Indian journal of veterinary science and animal husbandry - Volume 8,
Year: 1938
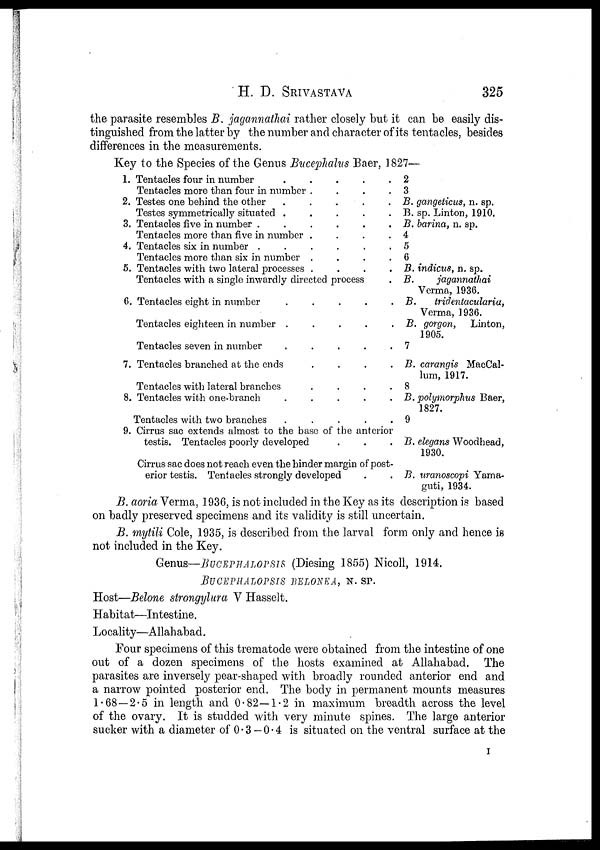
H. D.
SRIVASTAVA
325
the parasite resembles B. jagannathai rather closely but it can be easily dis-
tinguished from the latter by the number and character of its tentacles, besides
differences in the measurements.
Key to the Species of the Genus Bucephalus Baer, 1827—
1.
2.
3.
4.
5.
6
7.
8.
9.
Tentacles four in number
.
.
.
.
.
Tentacles more than four in number . . . . .
Testes one behind the other . . . . .
Testes symmetrically situated . . . . .
Tentacles five in number
.
.
.
.
.
Tentacles more than five in number . . . . .
Tentacles six in number
.
.
.
.
.
Tentacles more than six in number
.
.
.
.
.
Tentacles with two lateral processes . . . . .
Tentacles with a single inwardly directed process .
Tentacles eight in number
.
.
.
.
.
Tentacles eighteen in number
.
.
.
.
.
Tentacles seven in number
.
.
.
.
.
Tentacles branched at the ends . . . . .
Tentacles with lateral branches
.
.
.
.
.
Tentacles with one-branch
.
.
.
.
.
Tentacles with two branches
.
.
.
.
.
Cirrus sac extends almost to the base of the anterior
testis. Tentacles poorly developed
.
.
.
Cirrus sac does not reach even the hinder margin of post-
erior testis. Tentacles strongly developed
2
3
B. gangeticus, n. sp.
B. sp. Linton, 1910.
B. barina, n. sp.
4
5
6
B. indicus, n. sp.
B.
jagannathai
Verma, 1936.
B.
tridentacularia,
Verma, 1936.
B. gorgon, Linton,
1905.
7
B. carangis MacCal-
lum, 1917.
8
B.polymorphus Baer,
1827.
9
B. elegans Woodhead,
1930.
B. uranoscopi Yama-
guti, 1934.
B. aoria Verma, 1936, is not included in the Key as its description is based
on badly preserved specimens and its validity is still uncertain.
B. mytili Cole, 1935, is described from the larval form only and hence is
not included in the Key.
Genus—BUCHEPHALOPSIS (Diesing 1855) Nicoll, 1914.
BUCEPHALOPSIS BELONEA, N. SP.
Host—Belone strongylura V Hasselt.
Habitat—Intestine.
Locality—Allahabad.
Four specimens of this trematode were obtained from the intestine of one
out of a dozen specimens of the hosts examined at Allahabad. The
parasites are inversely pear-shaped with broadly rounded anterior end and
a narrow pointed posterior end. The body in permanent mounts measures
1.68 —2.5 in length and 0.82—1.2 in maximum breadth across the level
of the ovary. It is studded with very minute spines. The large anterior
sucker with a diameter of 0.3 — 0.4 is situated on the ventral surface at the
I